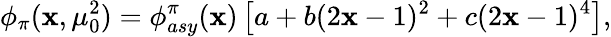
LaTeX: \phi_{\pi}(\mathbf{x},\mu_{0}^{2})=\phi_{asy}^{\pi}(\mathbf{x})\left[a+b(2\mathbf{x}-1)^{2}+c(2\mathbf{x}-1)^{4}\right],